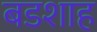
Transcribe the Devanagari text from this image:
बडशाह